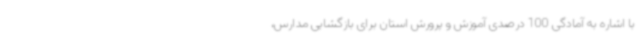
با اشاره به آمادگی 100 درصدی آموزش و پرورش استان برای بازگشایی مدارس،